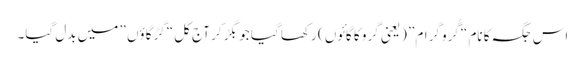
اس جگہ کا نام “گُرو گرام” (یعنی گرو کا گائوں ) رکھا گیا جو بگڑ کر آج کل “گڑگاؤں ” میں بدل گیا۔